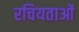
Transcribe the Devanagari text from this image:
रचियताओं